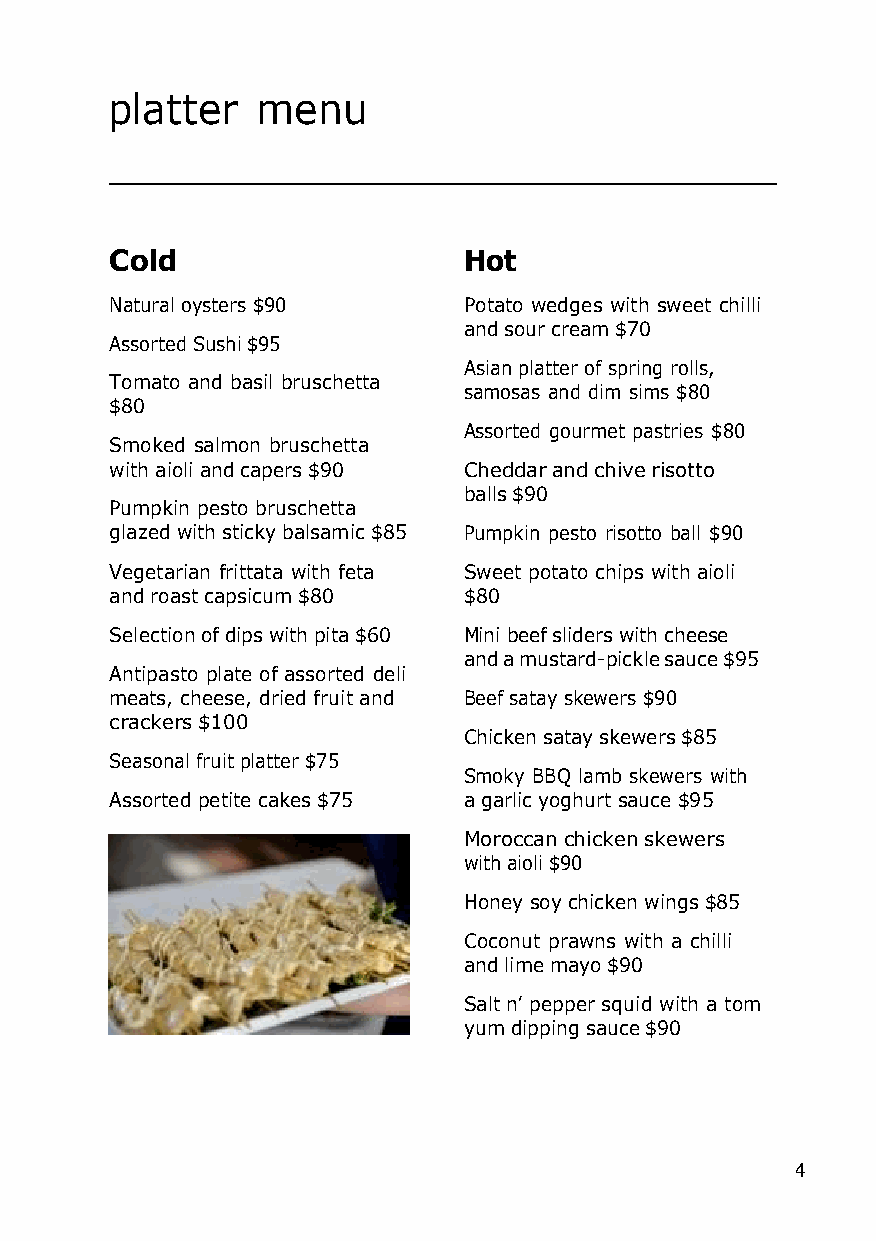
platter   menu
 Cold                    Hot
 Natural oysters $90     Potato wedges with sweet chilli
 and sour cream $70
 Assorted Sushi $95
 Asian platter of spring rolls,
 Tomato and basil bruschetta
 samosas and dim sims $80
 $80
 Assorted gourmet pastries $80
 Smoked salmon bruschetta
 with aioli and capers $90 Cheddar and chive risotto
 balls $90
 Pumpkin pesto bruschetta
 glazed with sticky balsamic $85 Pumpkin pesto risotto ball $90
 Vegetarian frittata with feta Sweet potato chips with aioli
 and roast capsicum $80  $80
 Selection of dips with pita $60 Mini beef sliders with cheese
 and a mustard-pickle sauce $95
 Antipasto plate of assorted deli
 meats, cheese, dried fruit and Beef satay skewers $90
 crackers $100
 Chicken satay skewers $85
 Seasonal fruit platter $75
 Smoky BBQ lamb skewers with
 Assorted petite cakes $75 a garlic yoghurt sauce $95
 Moroccan chicken skewers
 with aioli $90
 Honey soy chicken wings $85
 Coconut prawns with a chilli
 and lime mayo $90
 Salt n’ pepper squid with a tom
 yum dipping sauce $90
 4